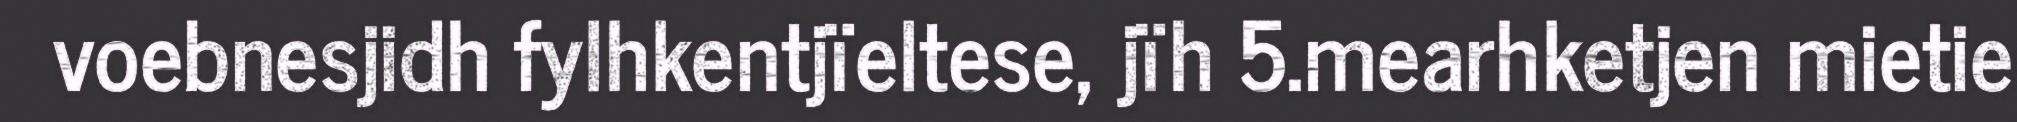
voebnesjidh fylhkentjïeltese, jïh 5.mearhketjen mietie